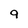
Character: 9